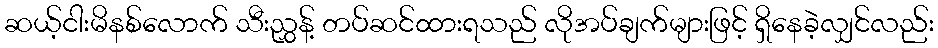
ဆယ့်ငါးမိနစ်လောက် သီးညွှန့် တပ်ဆင်ထားရသည် လိုအပ်ချက်များဖြင့် ရှိနေခဲ့လျှင်လည်း